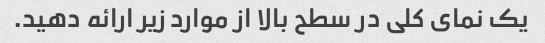
یک نمای کلی در سطح بالا از موارد زیر ارائه دهید.